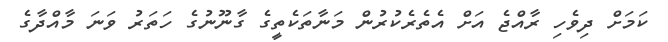
ކަމަށް ދިވެހި ރާއްޖެ އަށް އެތެރެކުރުން މަނާތަކެތީގެ ގާނޫނުގެ ހަތަރު ވަނަ މާއްދާގެ